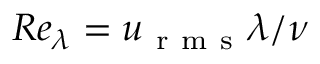
R e _ { \lambda } = u _ { \mathrm { ~ r ~ m ~ s ~ } } \lambda / \nu